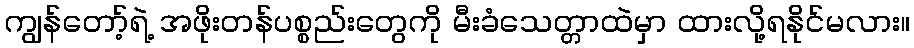
ကျွန်တော့်ရဲ့ အဖိုးတန်ပစ္စည်းတွေကို မီးခံသေတ္တာထဲမှာ ထားလို့ရနိုင်မလား။